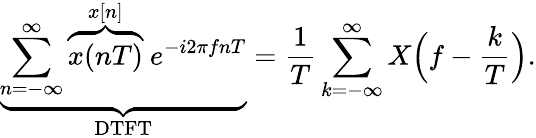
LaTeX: \underbrace{\sum_{n=-\infty}^{\infty}\overbrace{x(nT)}^{x[n]}\ e^{-i2\pi fnT}}_{\mathrm{DTFT}}={\frac{1}{T}}\sum_{k=-\infty}^{\infty}X{\Bigl(}f-{\frac{k}{T}}{\Bigr)}.